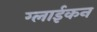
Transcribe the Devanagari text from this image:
ग्लाईकन